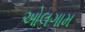
ઓલગામ